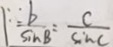
\because \frac { b } { \sin B } = \frac { c } { \sin C }